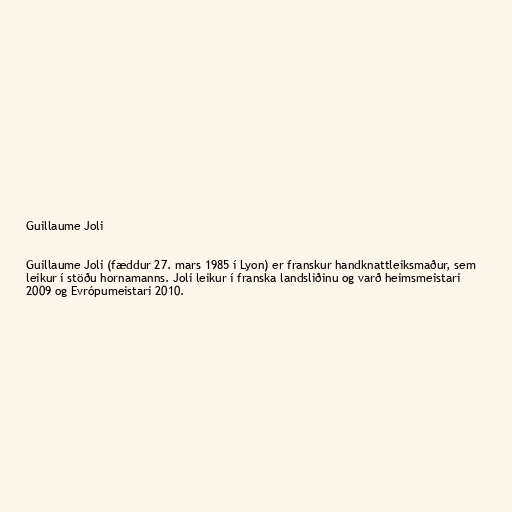
Guillaume Joli

Guillaume Joli (fæddur 27. mars 1985 í Lyon) er franskur handknattleiksmaður, sem
leikur í stöðu hornamanns. Joli leikur í franska landsliðinu og varð heimsmeistari
2009 og Evrópumeistari 2010.